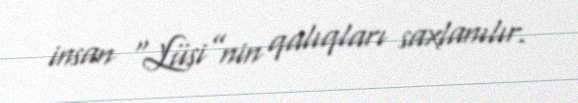
insan “Lüsi”nin qalıqları saxlanılır.